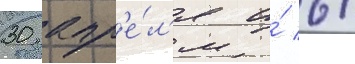
30 апр'е́л'я и́ 6